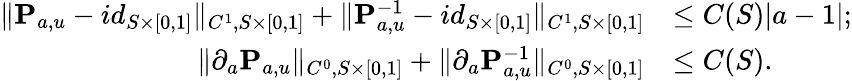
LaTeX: \begin{array}{rl}{\| \mathbf{P}_{a,u}-id_{S\times[0,1]}\| _{C^{1},S\times[0,1]}+\| \mathbf{P}_{a,u}^{-1}-id_{S\times[0,1]}\| _{C^{1},S\times[0,1]}}&{\leq C(S)|a-1|;}\\ {\| \partial_{a}\mathbf{P}_{a,u}\| _{C^{0},S\times[0,1]}+\| \partial_{a}\mathbf{P}_{a,u}^{-1}\| _{C^{0},S\times[0,1]}}&{\leq C(S).}\end{array}